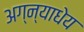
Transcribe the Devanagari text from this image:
अग्न्याधेय